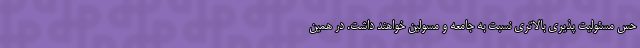
حس مسئولیت پذیری بالاتری نسبت به جامعه و مسولین خواهند داشت. در همین